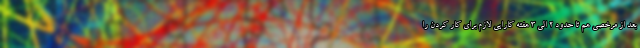
بعد از مرخصی هم تا حدود ۲ الی ۳ هفته کارایی لازم برای کار کردن را